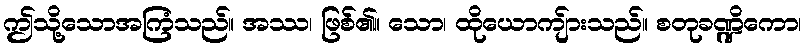
ဤသို့သောအကြံသည်။ အဿ၊ ဖြစ်၏။ သော၊ ထိုယောကျ်ားသည်။ စတုခဏ္ဍိကော၊